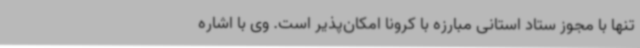
تنها با مجوز ستاد استانی مبارزه با کرونا امکان‌پذیر است. وی با اشاره